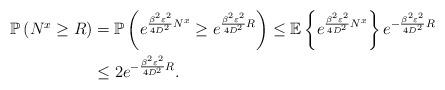
LaTeX: \begin{align*} \mathbb{P}\left(N^{x}\geq R\right)&=\mathbb{P}\left( e^{\frac{\beta^2\varepsilon^2}{4D^2}N^{x}}\geq e^{\frac{\beta^2\varepsilon^2}{4D^2}R} \right) \leq \mathbb{E}\left\{e^{\frac{\beta^2\varepsilon^2}{4D^2}N^{x}}\right\}e^{-\frac{\beta^2\varepsilon^2}{4D^2}R} \\ &\leq 2 e^{-\frac{\beta^2\varepsilon^2}{4D^2}R}.\end{align*}